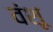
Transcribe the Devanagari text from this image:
वंशू